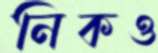
নিকও